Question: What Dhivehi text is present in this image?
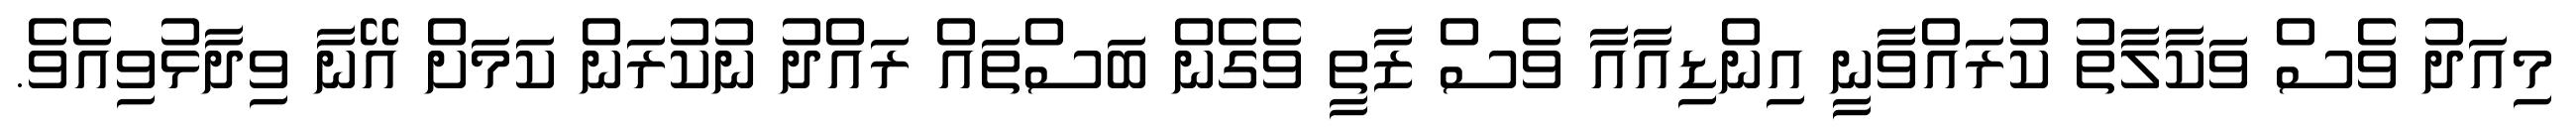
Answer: މިއަދު ވެސް ވަކާލާތު ކުރައްވާނީ އިންޑިއާއާ ވެސް ޒާތީ ވެގެން ބަސްތައް ރައްދު ނުކުރަން ކަމަށް އޭނާ ވިދާޅުވިއެވެ.